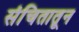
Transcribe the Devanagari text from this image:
संचितातून